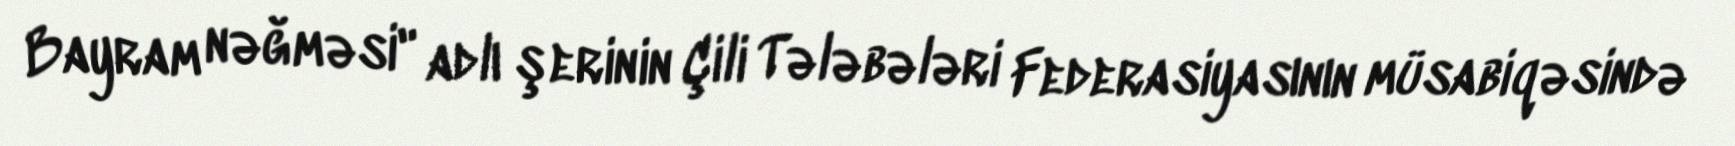
Bayram nəğməsi" adlı şerinin Çili Tələbələri Federasiyasının müsabiqəsində